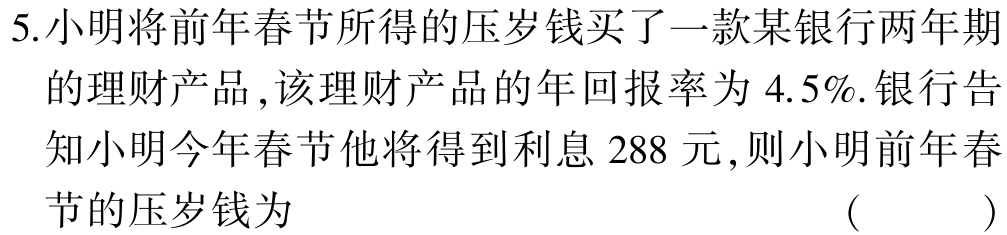
5.小明将前年春节所得的压岁钱买了一款某银行两年期的理财产品,该理财产品的年回报率为$4.5\%$.银行告知小明今年春节他将得到利息$288$元,则小明前年春节的压岁钱为 （  ）